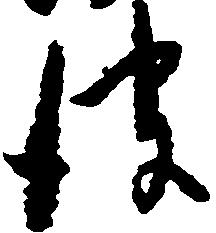
彼